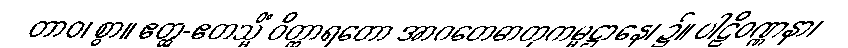
တာဝ၊ စွာ။ ဧတ္ထ-ဧတသ္မိံ ဝိတ္ထာရတော အာဂတေဓာတုကမ္မဋ္ဌာနေ၊ ၌။ ပါဠိဝဏ္ဏနာ၊